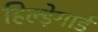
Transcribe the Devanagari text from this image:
हिल्ड़ेगार्ड